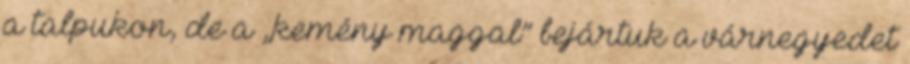
a talpukon, de a „kemény maggal” bejártuk a várnegyedet